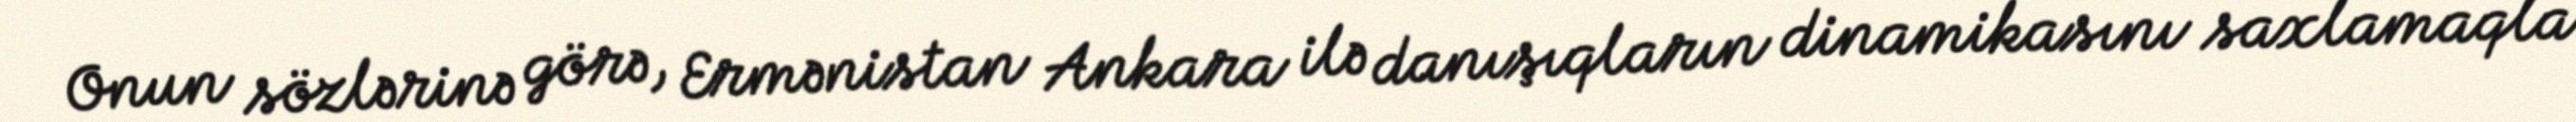
Onun sözlərinə görə, Ermənistan Ankara ilə danışıqların dinamikasını saxlamaqla